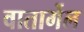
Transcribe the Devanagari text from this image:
वातार्गेल